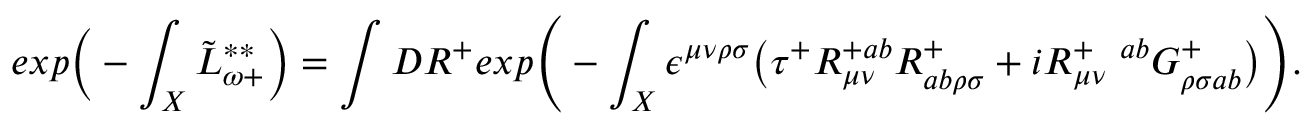
e x p \bigg ( - \int _ { X } \tilde { L } _ { \omega + } ^ { * * } \bigg ) = \int { \cal D } R ^ { + } e x p \Bigg ( - \int _ { X } \epsilon ^ { \mu \nu \rho \sigma } \big ( \tau ^ { + } R _ { \mu \nu } ^ { + a b } R _ { a b \rho \sigma } ^ { + } + i R _ { \mu \nu } ^ { + \ \ a b } G _ { \rho \sigma a b } ^ { + } \big ) \Bigg ) .